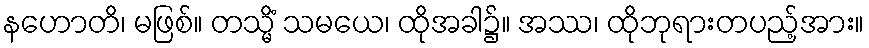
နဟောတိ၊ မဖြစ်။ တသ္မိံ သမယေ၊ ထိုအခါ၌။ အဿ၊ ထိုဘုရားတပည့်အား။